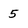
Character: 5